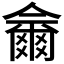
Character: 𱭋